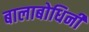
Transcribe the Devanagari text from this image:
बालाबोधिनी